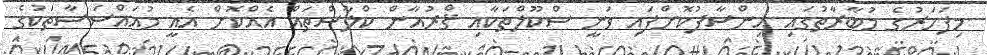
މިފަހަރުގެ މުބާރާތުގައި އިންސާފުކޮށްފައި ވަނީ ސްކޫލްތަކާއި ޤްރުއާން ކްލާސްތައް އެއްކޮށް އެއީ މުއައްސަސާތަކުގެ